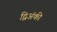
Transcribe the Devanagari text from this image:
द्विअंकी